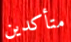
متأكدين